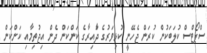
ސްޕޯޓްސް ކުލަބަކުން ކުރަން ޖެހޭނީ ކުޅިވަރުގެ ދަާއިރާގެ ކަންކަން ދެން އިޖުތިމާއި ކަންކަން